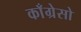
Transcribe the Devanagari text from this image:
काँग्रेसो